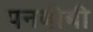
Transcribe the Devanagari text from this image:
पनबीबी